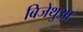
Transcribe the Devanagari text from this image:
बिजेथुआ